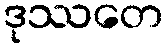
ဒုဿတေ